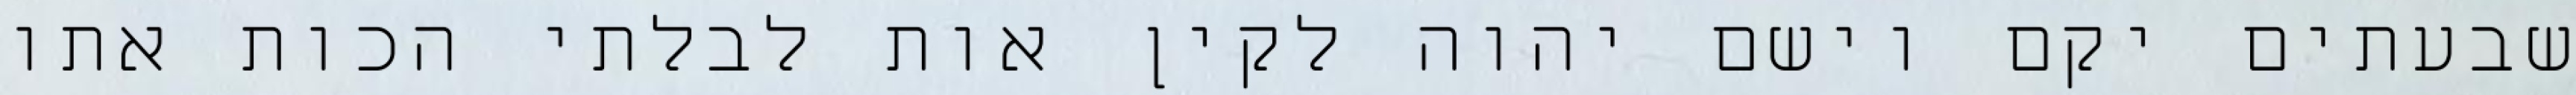
שבעתים יקם וישם יהוה לקין אות לבלתי הכות אתו